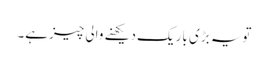
تویہ بڑی باریک دیکھنے والی چیزہے۔